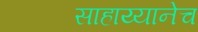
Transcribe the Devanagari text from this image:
साहाय्यानेच